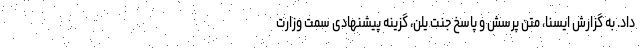
داد. به گزارش ایسنا، متن پرسش و پاسخ جنت یلن، گزینه پیشنهادی سمت وزارت